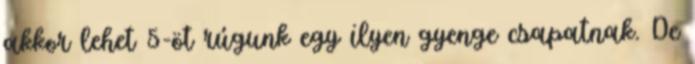
akkor lehet 5-öt rúgunk egy ilyen gyenge csapatnak. De